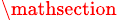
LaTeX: ^\mathsection